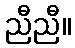
ညီညီ။